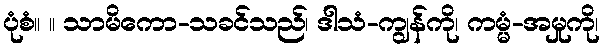
ပုံစံ။ ။ သာမိကော-သခင်သည်၊ ဒါသံ-ကျွန်ကို၊ ကမ္မံ-အမှုကို၊